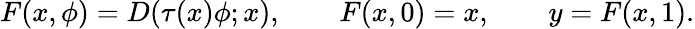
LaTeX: F(x,\phi)=D(\tau(x)\phi;x),\qquad F(x,0)=x,\qquad y=F(x,1).